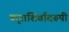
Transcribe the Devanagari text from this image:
कृपाशिर्वादरूपी